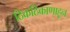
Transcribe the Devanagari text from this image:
ठिकठिकाणाहून